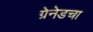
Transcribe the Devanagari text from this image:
ग्रेनेडचा